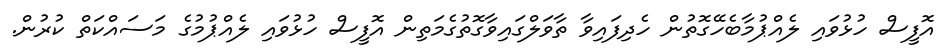
އޮފީސް ހުޅުވައި ލެއްޕުމާބެހޭގޮތުން ހެދިފައިވާ ތާވަލްގައިވާގޮތުގެމަތިން އޮފީސް ހުޅުވައި ލެއްޕުމުގެ މަސައްކަތް ކުރުން.